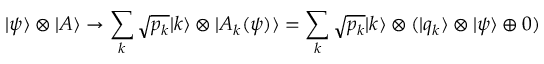
| \psi \rangle \otimes | A \rangle \rightarrow \sum _ { k } { \sqrt { p _ { k } } } | k \rangle \otimes | A _ { k } ( \psi ) \rangle = \sum _ { k } { \sqrt { p _ { k } } } | k \rangle \otimes ( | q _ { k } \rangle \otimes | \psi \rangle \oplus 0 )